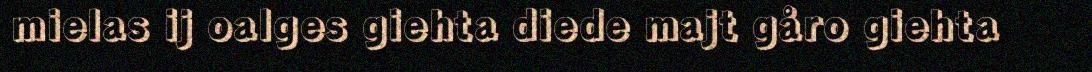
mielas ij oalges giehta diede majt gåro giehta